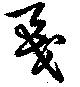
戞